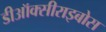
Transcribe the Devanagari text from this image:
डीऑक्सीराइबोस